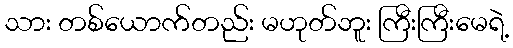
သား တစ်ယောက်တည်း မဟုတ်ဘူး ကြီးကြီးမေရဲ့